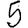
Digit: 5